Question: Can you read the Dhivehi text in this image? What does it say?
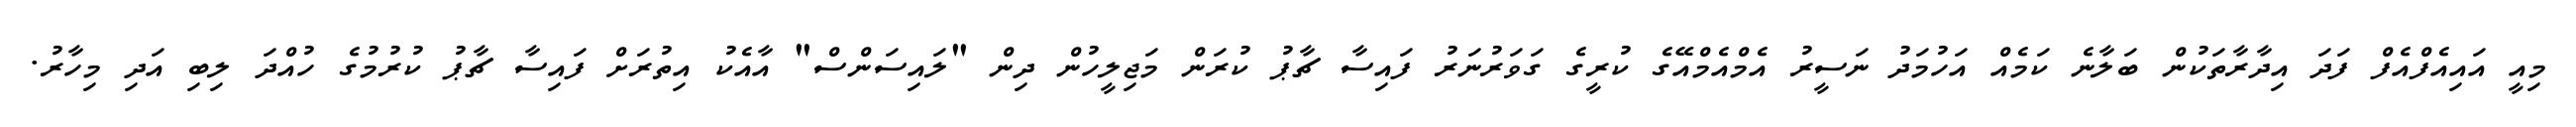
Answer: މިއީ އައިއެފްއެފް ފަދަ އިދާރާތަކުން ބަލާނެ ކަމެއް އަހުމަދު ނަސީރު އެމްއެމްއޭގެ ކުރީގެ ގަވަރުނަރު ފައިސާ ޗާޕު ކުރަން މަޖިލީހުން ދިން "ލައިސަންސް" އާއެކު އިތުރަށް ފައިސާ ޗާޕު ކުރުމުގެ ހުއްދަ ލިބި އަދި މިހާރު.